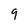
Character: 9